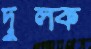
দুলক